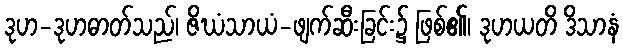
ဒုဟ-ဒုဟဓာတ်သည်၊ ဇိဃံသာယံ-ဖျက်ဆီးခြင်း၌ ဖြစ်၏၊ ဒုဟယတိ ဒိသာနံ